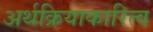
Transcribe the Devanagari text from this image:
अर्थक्रियाकारित्व